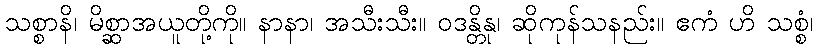
သစ္စာနိ၊ မိစ္ဆာအယူတို့ကို။ နာနာ၊ အသီးသီး။ ဝဒန္တိနု၊ ဆိုကုန်သနည်း။ ဧကံ ဟိ သစ္စံ၊